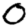
Digit: 0